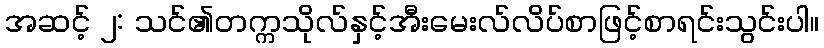
အဆင့် ၂: သင်၏တက္ကသိုလ်နှင့်အီးမေးလ်လိပ်စာဖြင့်စာရင်းသွင်းပါ။